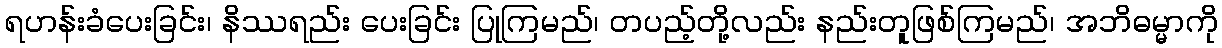
ရဟန်းခံပေးခြင်း၊ နိဿရည်း ပေးခြင်း ပြုကြမည်၊ တပည့်တို့လည်း နည်းတူဖြစ်ကြမည်၊ အဘိဓမ္မာကို